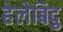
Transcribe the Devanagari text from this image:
हेलेबिदु